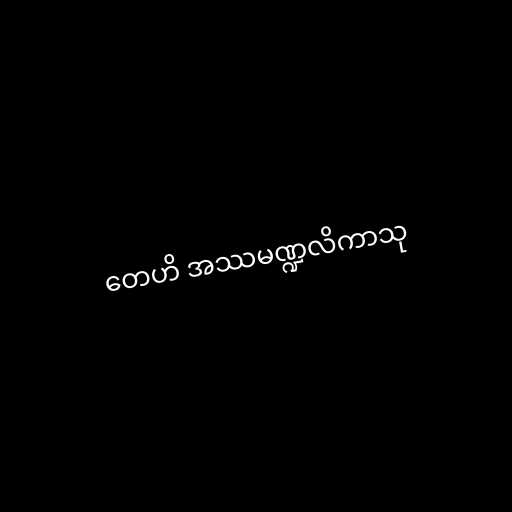
တေဟိ အဿမဏ္ဍလိကာသု